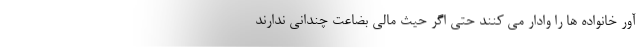
آور خانواده ها را وادار می کنند حتی اگر حیث مالی بضاعت چندانی ندارند